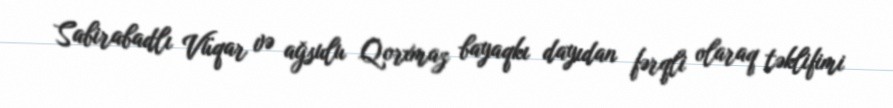
Sabirabadlı Vüqar və ağsulu Qorxmaz bayaqkı dayıdan fərqli olaraq təklifimi